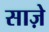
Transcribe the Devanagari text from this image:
साज़े